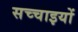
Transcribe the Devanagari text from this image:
सच्‍चाइयों